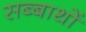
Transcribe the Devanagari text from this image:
सब्बाथों